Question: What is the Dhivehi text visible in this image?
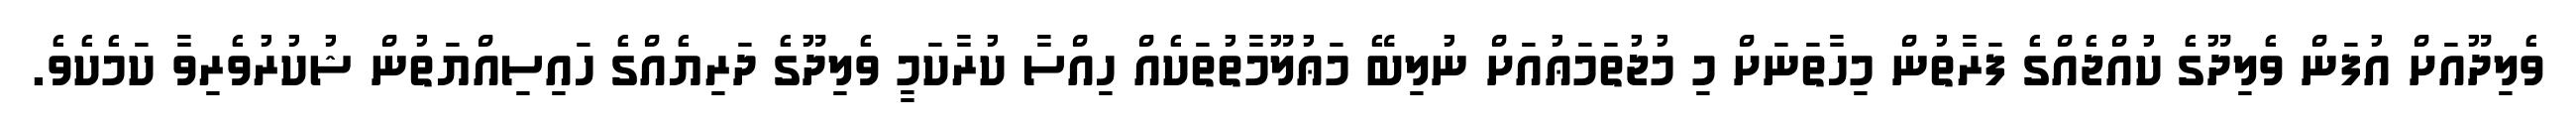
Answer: ވެލިދޫއަށް އުފަން ވެލިދޫގެ ކުއްޖެއްގެ ފަރާތުން މިހާތަނަށް މި މުޖުތަމަޢުއަށް ނުލިބޭ މަޢުލޫމާތުތަކެއް ހިއްސާ ކުރާކަމީ ވެލިދޫގެ ދަރިޔެއްގެ ހައިސިއްޔަތުން ޝުކުރުވެރިވާ ކަމެކެވެ.